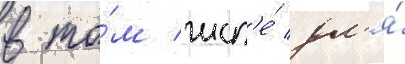
в то́м числ'е́ дл'я́